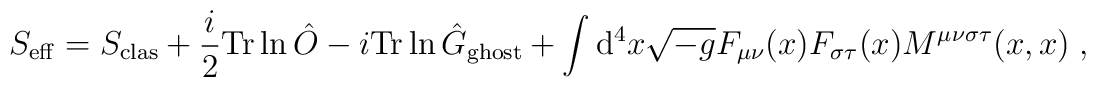
S_{\rm eff} = S_{\rm clas} + \frac{i}{2} {\rm{Tr}} \ln \hat{O} - i{\rm{Tr}}\ln \hat{G}_{\rm ghost}  +\int {\rm d}^4x \sqrt{-g} F_{\mu\nu}(x) F_{\sigma\tau}(x)M^{\mu\nu\sigma\tau}(x,x)\; ,